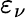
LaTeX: \varepsilon_{\nu}